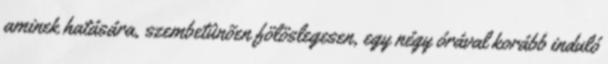
aminek hatására, szembetûnõen fölöslegesen, egy négy órával korább induló